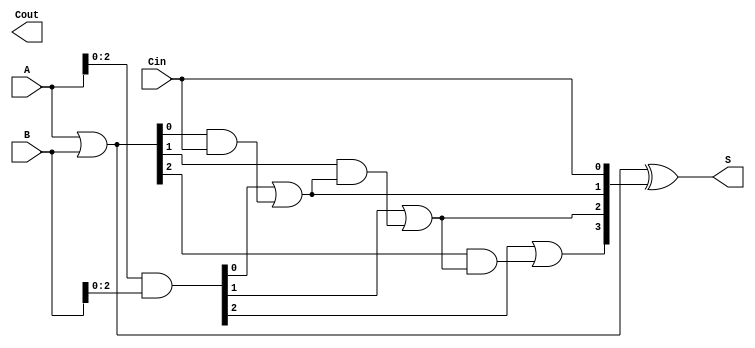
module carry_lookahead_adder #(parameter N = 4) (
    input  wire [N-1:0] A,       // First n-bit input
    input  wire [N-1:0] B,       // Second n-bit input
    input  wire Cin,              // Carry-in
    output wire [N-1:0] S,        // n-bit sum output
    output wire Cout              // Carry-out
);

    // Generate and Propagate signals
    wire [N-1:0] G; // Generate signal
    wire [N-1:0] P; // Propagate signal
    wire [N:0] C;   // Carry signals (C[0] = Cin, C[N] = Cout)

    // Compute Generate and Propagate signals
    assign G = A & B;               // G[i] = A[i] & B[i]
    assign P = A | B;               // P[i] = A[i] | B[i]

    // Compute Carry signals
    assign C[0] = Cin;              // C[0] = Cin

    genvar i;
    generate
        for (i = 0; i < N-1; i = i + 1) begin : carry_compute
            assign C[i+1] = G[i] | (P[i] & C[i]);
        end
    endgenerate

    // Final carry-out
    assign Cout = C[N];

    // Compute Sum
    assign S = P ^ C[N-1:0];        // S[i] = P[i] ^ C[i]

endmodule